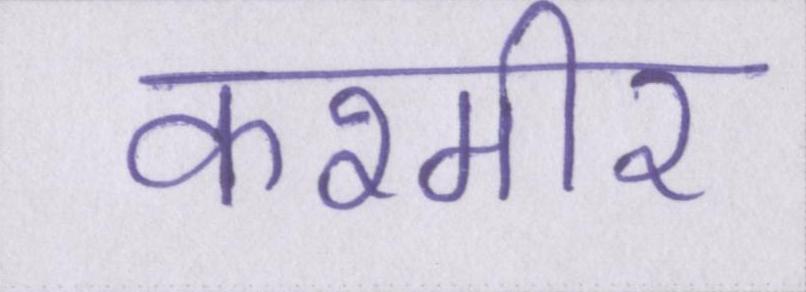
कश्मीर